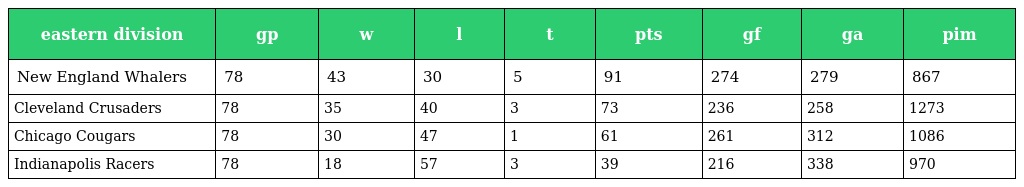
| eastern division | gp | w | l | t | pts | gf | ga | pim |
 | --- | --- | --- | --- | --- | --- | --- | --- | --- |
 | New England Whalers | 78 | 43 | 30 | 5 | 91 | 274 | 279 | 867 |
 | Cleveland Crusaders | 78 | 35 | 40 | 3 | 73 | 236 | 258 | 1273 |
 | Chicago Cougars | 78 | 30 | 47 | 1 | 61 | 261 | 312 | 1086 |
 | Indianapolis Racers | 78 | 18 | 57 | 3 | 39 | 216 | 338 | 970 |